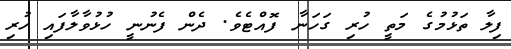
ފިލާ ތަޅުމުގެ މަތީ ހުރި ގަހަނާ ފޮއްޓެވެ. ދެން ފެނުނީ ހުޅުވާލާފައި ހުރި